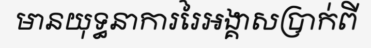
មានយុទ្ធនាការរៃអង្គាសប្រាក់ពី